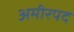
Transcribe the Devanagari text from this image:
अमीरपद